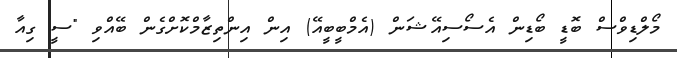
މޯލްޑިވްސް ބޮޑީ ބޯޑިން އެސޯސިއޭޝަން (އެމްބީބީއޭ) އިން އިންތިޒާމްކޮށްގެން ބޭއްވި "ސީ ގިއާ